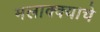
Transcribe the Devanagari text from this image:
मलाक्क्याचे